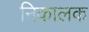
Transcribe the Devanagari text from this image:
निकालक